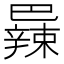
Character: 𫶼